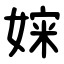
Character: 㛽